Vaccination report Assam 1874-1896 - 1874-1896
Year: 1874
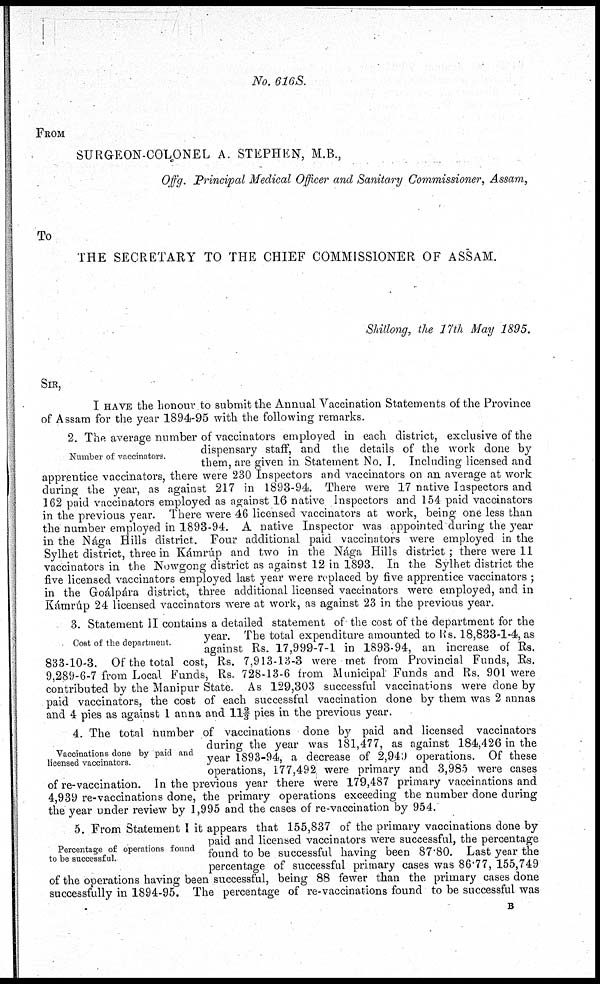
No. 616S.
FROM
SURGEON-COLONEL A. STEPHEN, M.B.,
Offg. Principal Medical Officer and Sanitary Commissioner, Assam,
To
THE SECRETARY TO THE CHIEF COMMISSIONER OF ASSAM.
Shillong, the 17th May 1895.
SIR,
I HAVE the honour to submit the Annual Vaccination Statements of the Province
of Assam for the year 1894-95 with the following remarks.
Number of vaccinators.
2. The average number of vaccinators employed in each district, exclusive of the
dispensary staff, and the details of the work done by
them, are given in Statement No. I. Including licensed and
apprentice vaccinators, there were 230 Inspectors and vaccinators on an average at work
during the year, as against 217 in 1893-94. There were 17 native Inspectors and
162 paid vaccinators employed as against 16 native Inspectors and 154 paid vaccinators
in the previous year. There were 46 licensed vaccinators at work, being one less than
the number employed in 1893-94. A native Inspector was appointed during the year
in the Nága Hills district. Four additional paid vaccinators were employed in the
Sylhet district, three in Kámrúp and two in the Nága Hills district; there were 11
vaccinators in the Nowgong district as against 12 in 1893. In the Sylhet district the
five licensed vaccinators employed last year were replaced by five apprentice vaccinators ;
in the Goálpára district, three additional licensed vaccinators were employed, and in
Kámrúp 24 licensed vaccinators were at work, as against 23 in the previous year.
Cost of the department.
3. Statement II contains a detailed statement of the cost of the department for the
year. The total expenditure amounted to Rs. 18,833-1-4, as
against Rs. 17,999-7-1 in 1893-94, an increase of Rs.
833-10-3. Of the total cost, Rs. 7,913-13-3 were met from Provincial Funds, Rs.
9,289-6-7 from Local Funds, Rs. 728-13-6 from Municipal Funds and Rs. 901 were
contributed by the Manipur State. As 129,303 successful vaccinations were done by
paid vaccinators, the cost of each successful vaccination done by them was 2 annas
and 4 pies as against I anna and 11 2/3 pies in the previous year.
Vaccinations done by paid and
licensed vaccinators.
4. The total number of vaccinations done by paid and licensed vaccinators
during the year was 181,477, as against 184,426 in the
year 1893-94, a decrease of 2,949 operations. Of these
operations, 177,492 were primary and 3,985 were cases
of re-vaccination. In the previous year there were 179,487 primary vaccinations and
4,939 re-vaccinations done, the primary operations exceeding the number done during
the year under review by 1,995 and the cases of re-vaccination by 954.
Percentage of operations found
to be successful.
5. From Statement I it appears that 155,837 of the primary vaccinations done by
paid and licensed vaccinators were successful, the percentage
found to be successful having been 87.80. Last year the
percentage of successful primary cases was 86.77, 155,749
of the operations having been successful, being 88 fewer than the primary cases done
successfully in 1894-95. The percentage of re-vaccinations found to be successful was
B